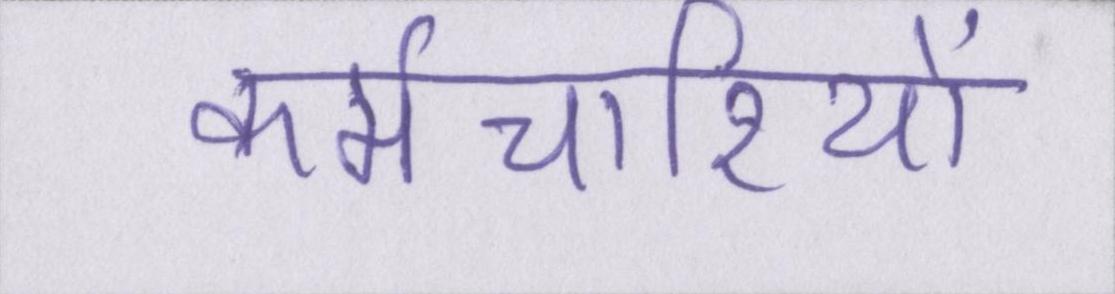
कर्मचारियों